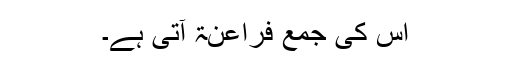
اس کی جمع فَرَاعِنَۃ آتی ہے۔